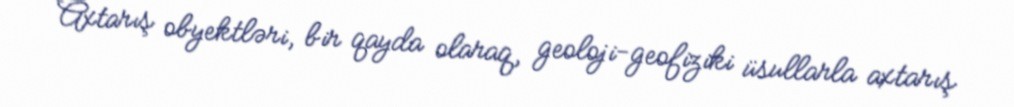
Axtarış obyektləri, bir qayda olaraq, geoloji-geofiziki üsullarla axtarış